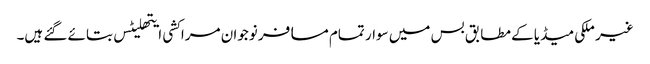
غیر ملکی میڈیا کے مطابق بس میں سوار تمام مسافر نوجوان مراکشی ایتھلیٹس بتائے گئے ہیں۔